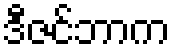
ဒီဇင်ဘာက